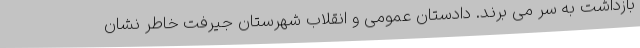
بازداشت به سر می برند. دادستان عمومی و انقلاب شهرستان جیرفت خاطر نشان